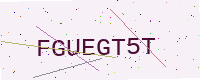
Text: FGUEGT5T